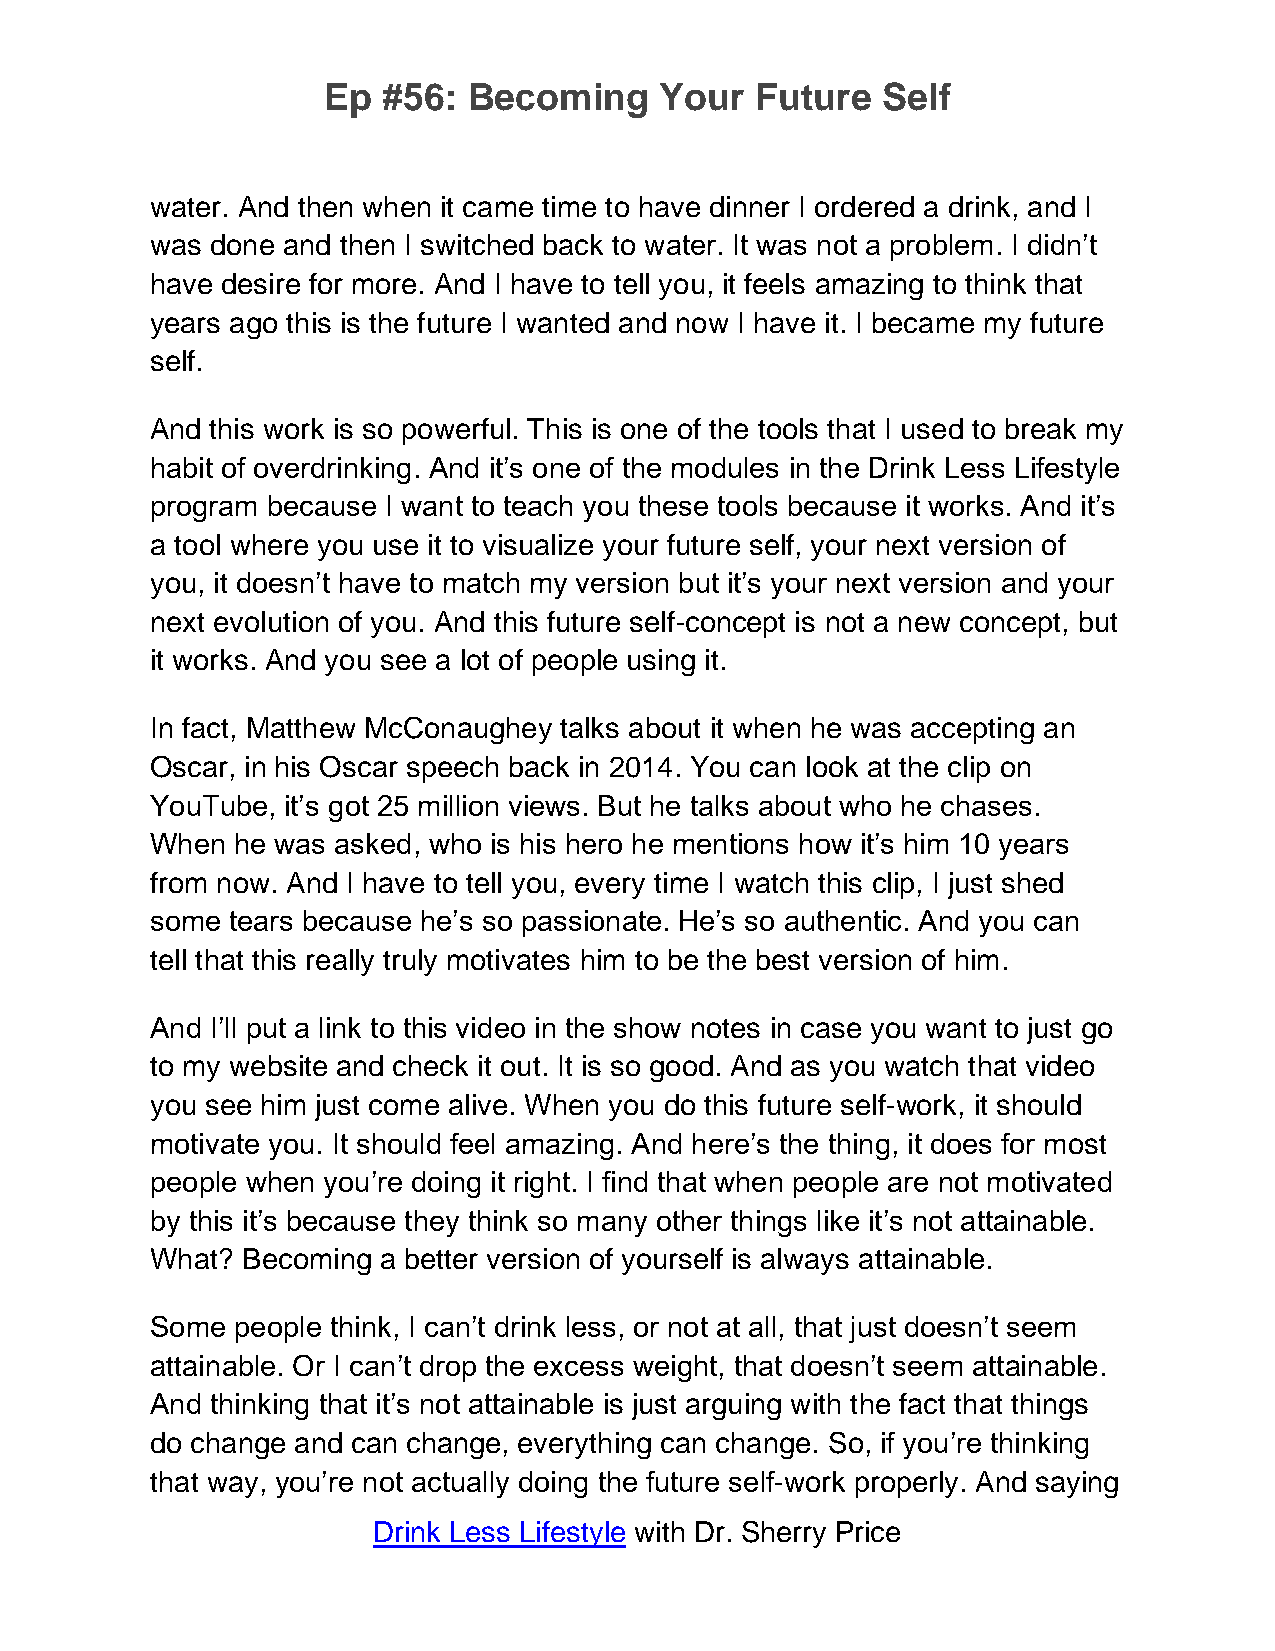
Ep  #56:  Becoming     Your  Future  Self
 water. And then when it came time to have dinner I ordered a drink, and I
 was done and then I switched back to water. It was not a problem. I didn’t
 have desire for more. And I have to tell you, it feels amazing to think that
 years ago this is the future I wanted and now I have it. I became my future
 self.
 And this work is so powerful. This is one of the tools that I used to break my
 habit of overdrinking. And it’s one of the modules in the Drink Less Lifestyle
 program because I want to teach you these tools because it works. And it’s
 a tool where you use it to visualize your future self, your next version of
 you, it doesn’t have to match my version but it’s your next version and your
 next evolution of you. And this future self-concept is not a new concept, but
 it works. And you see a lot of people using it.
 In fact, Matthew McConaughey talks about it when he was accepting an
 Oscar, in his Oscar speech back in 2014. You can look at the clip on
 YouTube, it’s got 25 million views. But he talks about who he chases.
 When  he was asked, who is his hero he mentions how it’s him 10 years
 from now. And I have to tell you, every time I watch this clip, I just shed
 some tears because he’s so passionate. He’s so authentic. And you can
 tell that this really truly motivates him to be the best version of him.
 And I’ll put a link to this video in the show notes in case you want to just go
 to my website and check it out. It is so good. And as you watch that video
 you see him just come alive. When you do this future self-work, it should
 motivate you. It should feel amazing. And here’s the thing, it does for most
 people when you’re doing it right. I find that when people are not motivated
 by this it’s because they think so many other things like it’s not attainable.
 What? Becoming a better version of yourself is always attainable.
 Some  people think, I can’t drink less, or not at all, that just doesn’t seem
 attainable. Or I can’t drop the excess weight, that doesn’t seem attainable.
 And thinking that it’s not attainable is just arguing with the fact that things
 do change and can change, everything can change. So, if you’re thinking
 that way, you’re not actually doing the future self-work properly. And saying
 Drink Less Lifestyle with Dr. Sherry Price